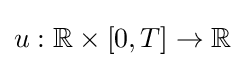
u:\mathbb {R} \times [0,T]\to \mathbb {R}